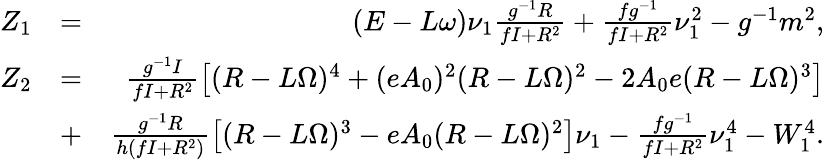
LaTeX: \begin{array}{rlr}{Z_{1}}&{=}&{(E-L\omega)\nu_{1}\frac{g^{-1}R}{fI+R^{2}}+\frac{fg^{-1}}{fI+R^{2}}\nu_{1}^{2}-g^{-1}m^{2},}\\ {Z_{2}}&{=}&{\frac{g^{-1}I}{fI+R^{2}}\big[(R-L\Omega)^{4}+(eA_{0})^{2}(R-L\Omega)^{2}-2A_{0}e(R-L\Omega)^{3}\big]}\\ &{+}&{\frac{g^{-1}R}{h(fI+R^{2})}\big[(R-L\Omega)^{3}-eA_{0}(R-L\Omega)^{2}\big]\nu_{1}-\frac{fg^{-1}}{fI+R^{2}}\nu_{1}^{4}-W_{1}^{4}.}\end{array}